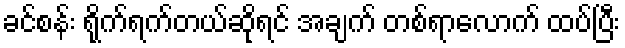
ခင်စန်း ရိုက်ရက်တယ်ဆိုရင် အချက် တစ်ရာလောက် ထပ်ပြီး